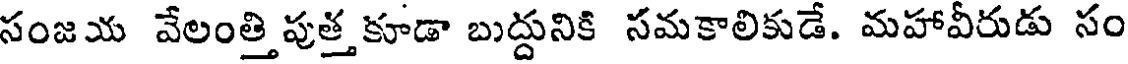
సంజయ వేలంత్తిపుత్తకూడా బుద్దునికి సమకాలికుడే. మహావీరుడు సం